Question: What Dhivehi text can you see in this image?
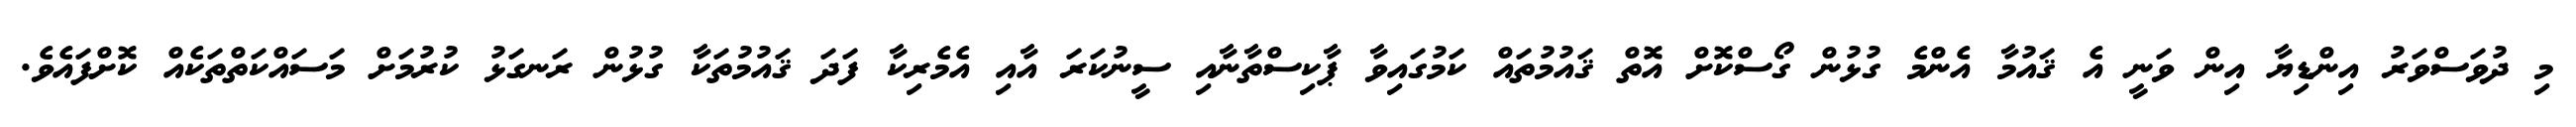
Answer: މި ދުވަސްވަރު އިންޑިޔާ އިން ވަނީ އެ ޤައުމާ އެންމެ ގުޅުން ގޯސްކޮށް އޮތް ޤައުމުތައް ކަމުގައިވާ ޕާކިސްތާނާއި ސީނުކަރަ އާއި އެމެރިކާ ފަދަ ޤައުމުތަކާ ގުޅުން ރަނގަޅު ކުރުމަށް މަސައްކަތްތަކެއް ކޮށްފައެވެ.